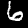
Digit: 6